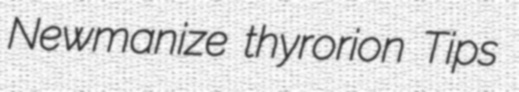
Newmanize thyrorion Tips